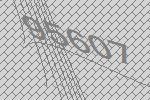
95607